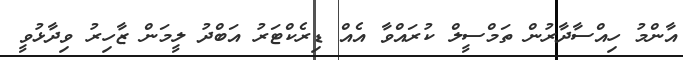
އާންމު ހިއްސާދާރުން ތަމްސީލް ކުރައްވާ އެއް ޑިރެކްޓަރު އަބްދު ލީމަން ޒާހިރު ވިދާޅުވީ